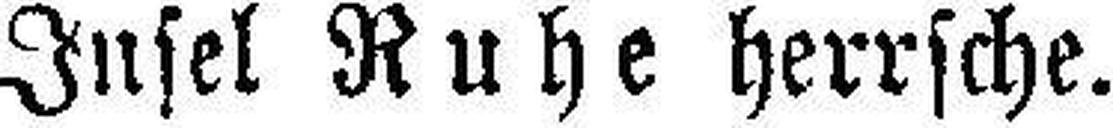
Insel Ruhe herrsche.